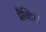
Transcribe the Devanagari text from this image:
प्रैक्टिसों